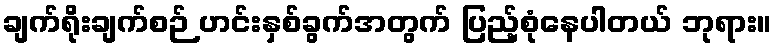
ချက်ရိုးချက်စဉ် ဟင်းနှစ်ခွက်အတွက် ပြည့်စုံနေပါတယ် ဘုရား။